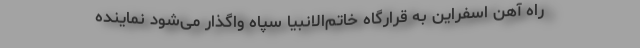
راه آهن اسفراین به قرارگاه خاتم‌الانبیا سپاه واگذار می‌شود نماینده